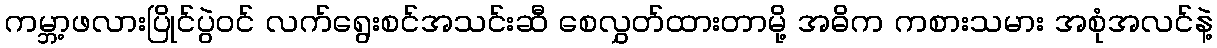
ကမ္ဘာ့ဖလားပြိုင်ပွဲဝင် လက်ရွေးစင်အသင်းဆီ စေလွှတ်ထားတာမို့ အဓိက ကစားသမား အစုံအလင်နဲ့